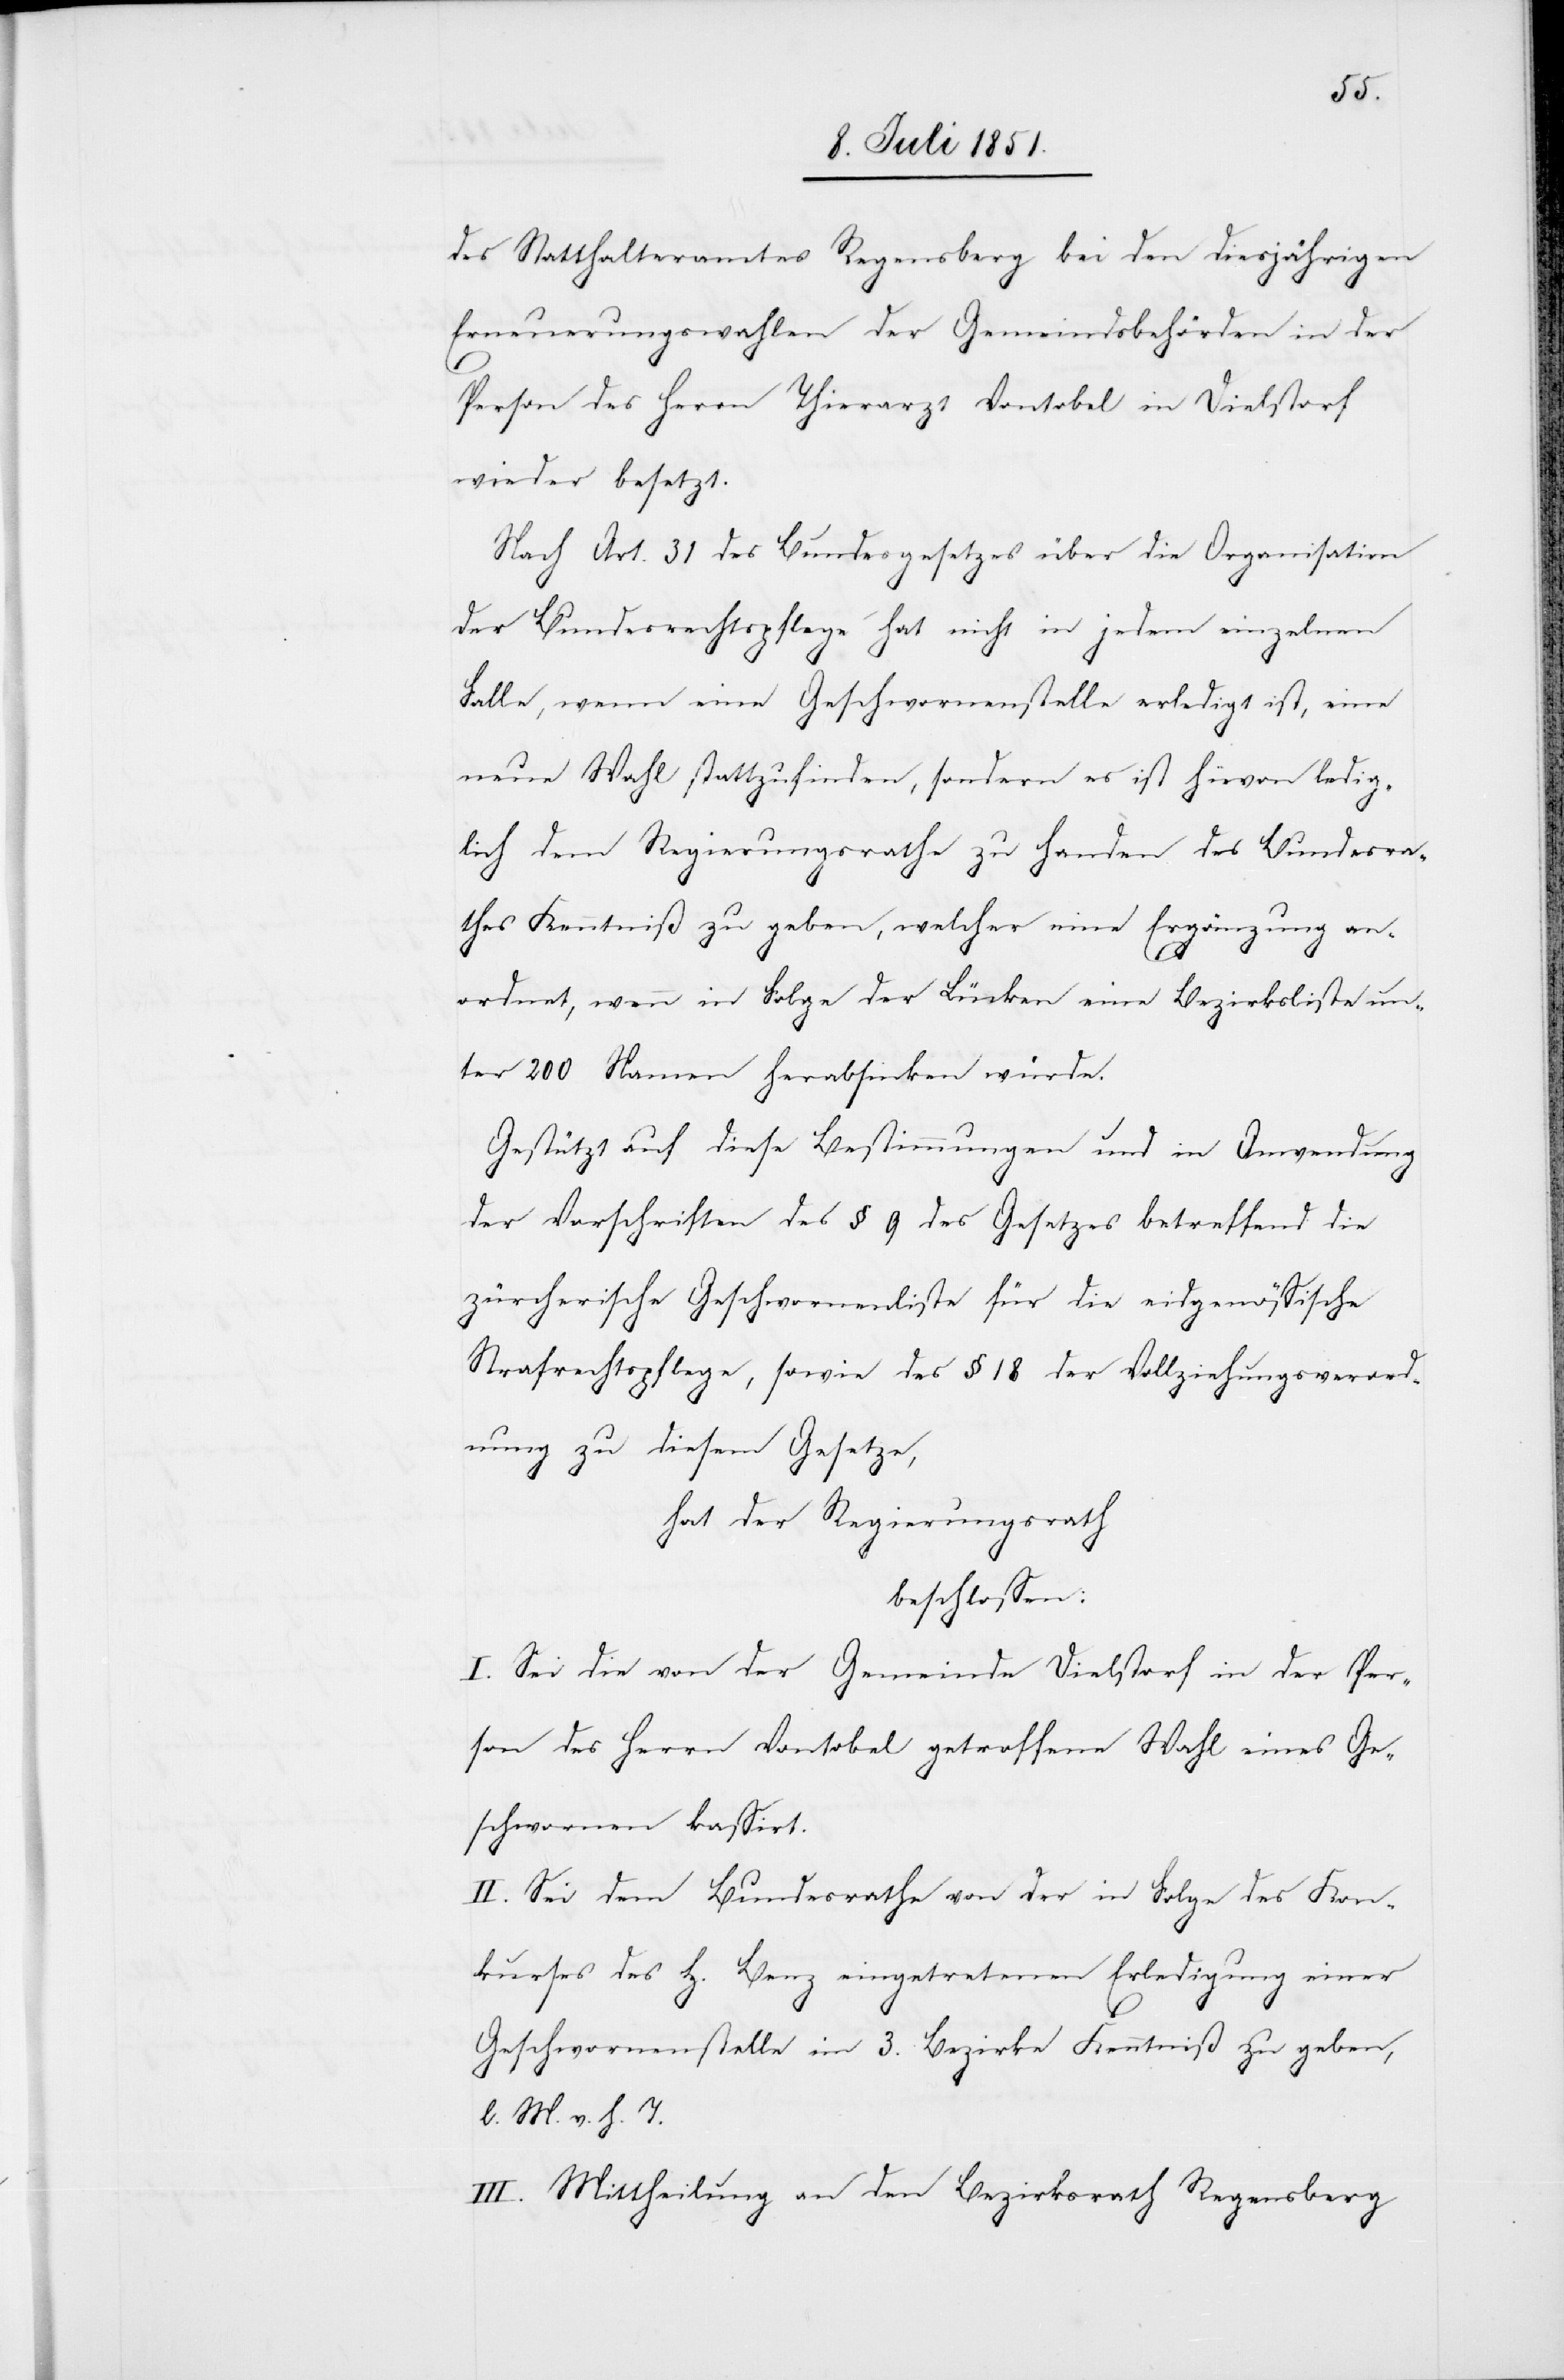
des Statthalteramtes Regensberg bei den diesjährigen
Erneuerungswahlen der Gemeindsbehörden in der
Person des Herrn Thierarzt Vontobel in Dielstorf
wieder besetzt.
Nach Art. 31 des Bundesgesetzes über die Organisation
der Bundesrechtspflege hat nicht in jedem einzelnen
Falle, wenn eine Geschwornenstelle erledigt ist, eine
neue Wahl stattzufinden, sondern es ist hievon ledig¬
lich dem Regierungsrathe zu Handen des Bundesra¬
thes Kenntniß zu geben, welcher eine Ergänzung an¬
ordnet, wenn in Folge der Lücken eine Bezirksliste un¬
ter 200 Namen herabsinken würde.
Gestützt auf diese Bestimmungen und in Anwendung
der Vorschriften des § 9 des Gesetzes betreffend die
zürcherische Geschwornenliste für die eidgenössische
Strafrechtspflege, sowie des § 18 der Vollziehungsverord¬
nung zu diesem Gesetze,
hat der Regierungsrath
beschlossen:
I. Sei die von der Gemeinde Dielstorf in der Per¬
son des Herrn Vontobel getroffene Wahl eines Ge¬
schwornen kassirt.
II. Sei dem Bundesrathe von der in Folge des Kon¬
kurses des H. Benz eingetretenen Erledigung einer
Geschwornenstelle im 3. Bezirke Kenntniß zu geben,
l. M. v. h. T.
III. Mittheilung an den Bezirksrath Regensberg